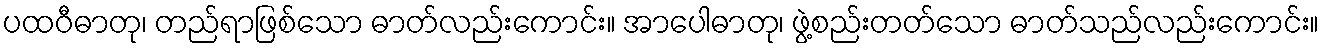
ပထဝီဓာတု၊ တည်ရာဖြစ်သော ဓာတ်လည်းကောင်း။ အာပေါဓာတု၊ ဖွဲ့စည်းတတ်သော ဓာတ်သည်လည်းကောင်း။